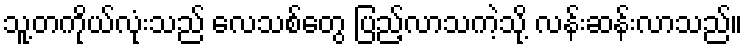
သူ့တကိုယ်လုံးသည် လေသစ်တွေ ပြည့်လာသကဲ့သို့ လန်းဆန်းလာသည်။